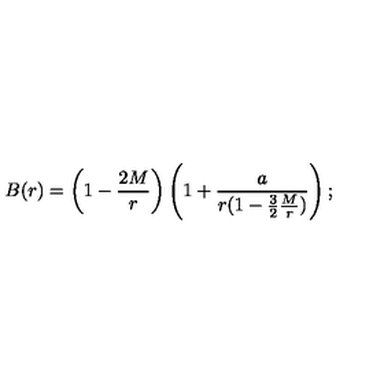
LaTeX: B ( r ) = \left( 1 - { \frac { 2 M } { r } } \right) \left( 1 + { \frac { a } { r ( 1 - { \frac { 3 } { 2 } } { \frac { M } { r } } ) } } \right) ;